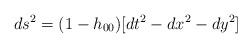
\begin{align*}ds^2 = (1 - h_{00})[dt^2 -dx^2 -dy^2]\end{align*}